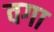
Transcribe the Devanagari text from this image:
वगा